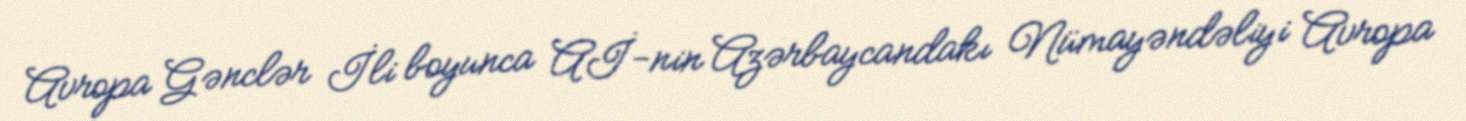
Avropa Gənclər İli boyunca Aİ-nin Azərbaycandakı Nümayəndəliyi Avropa